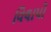
વિલાપો